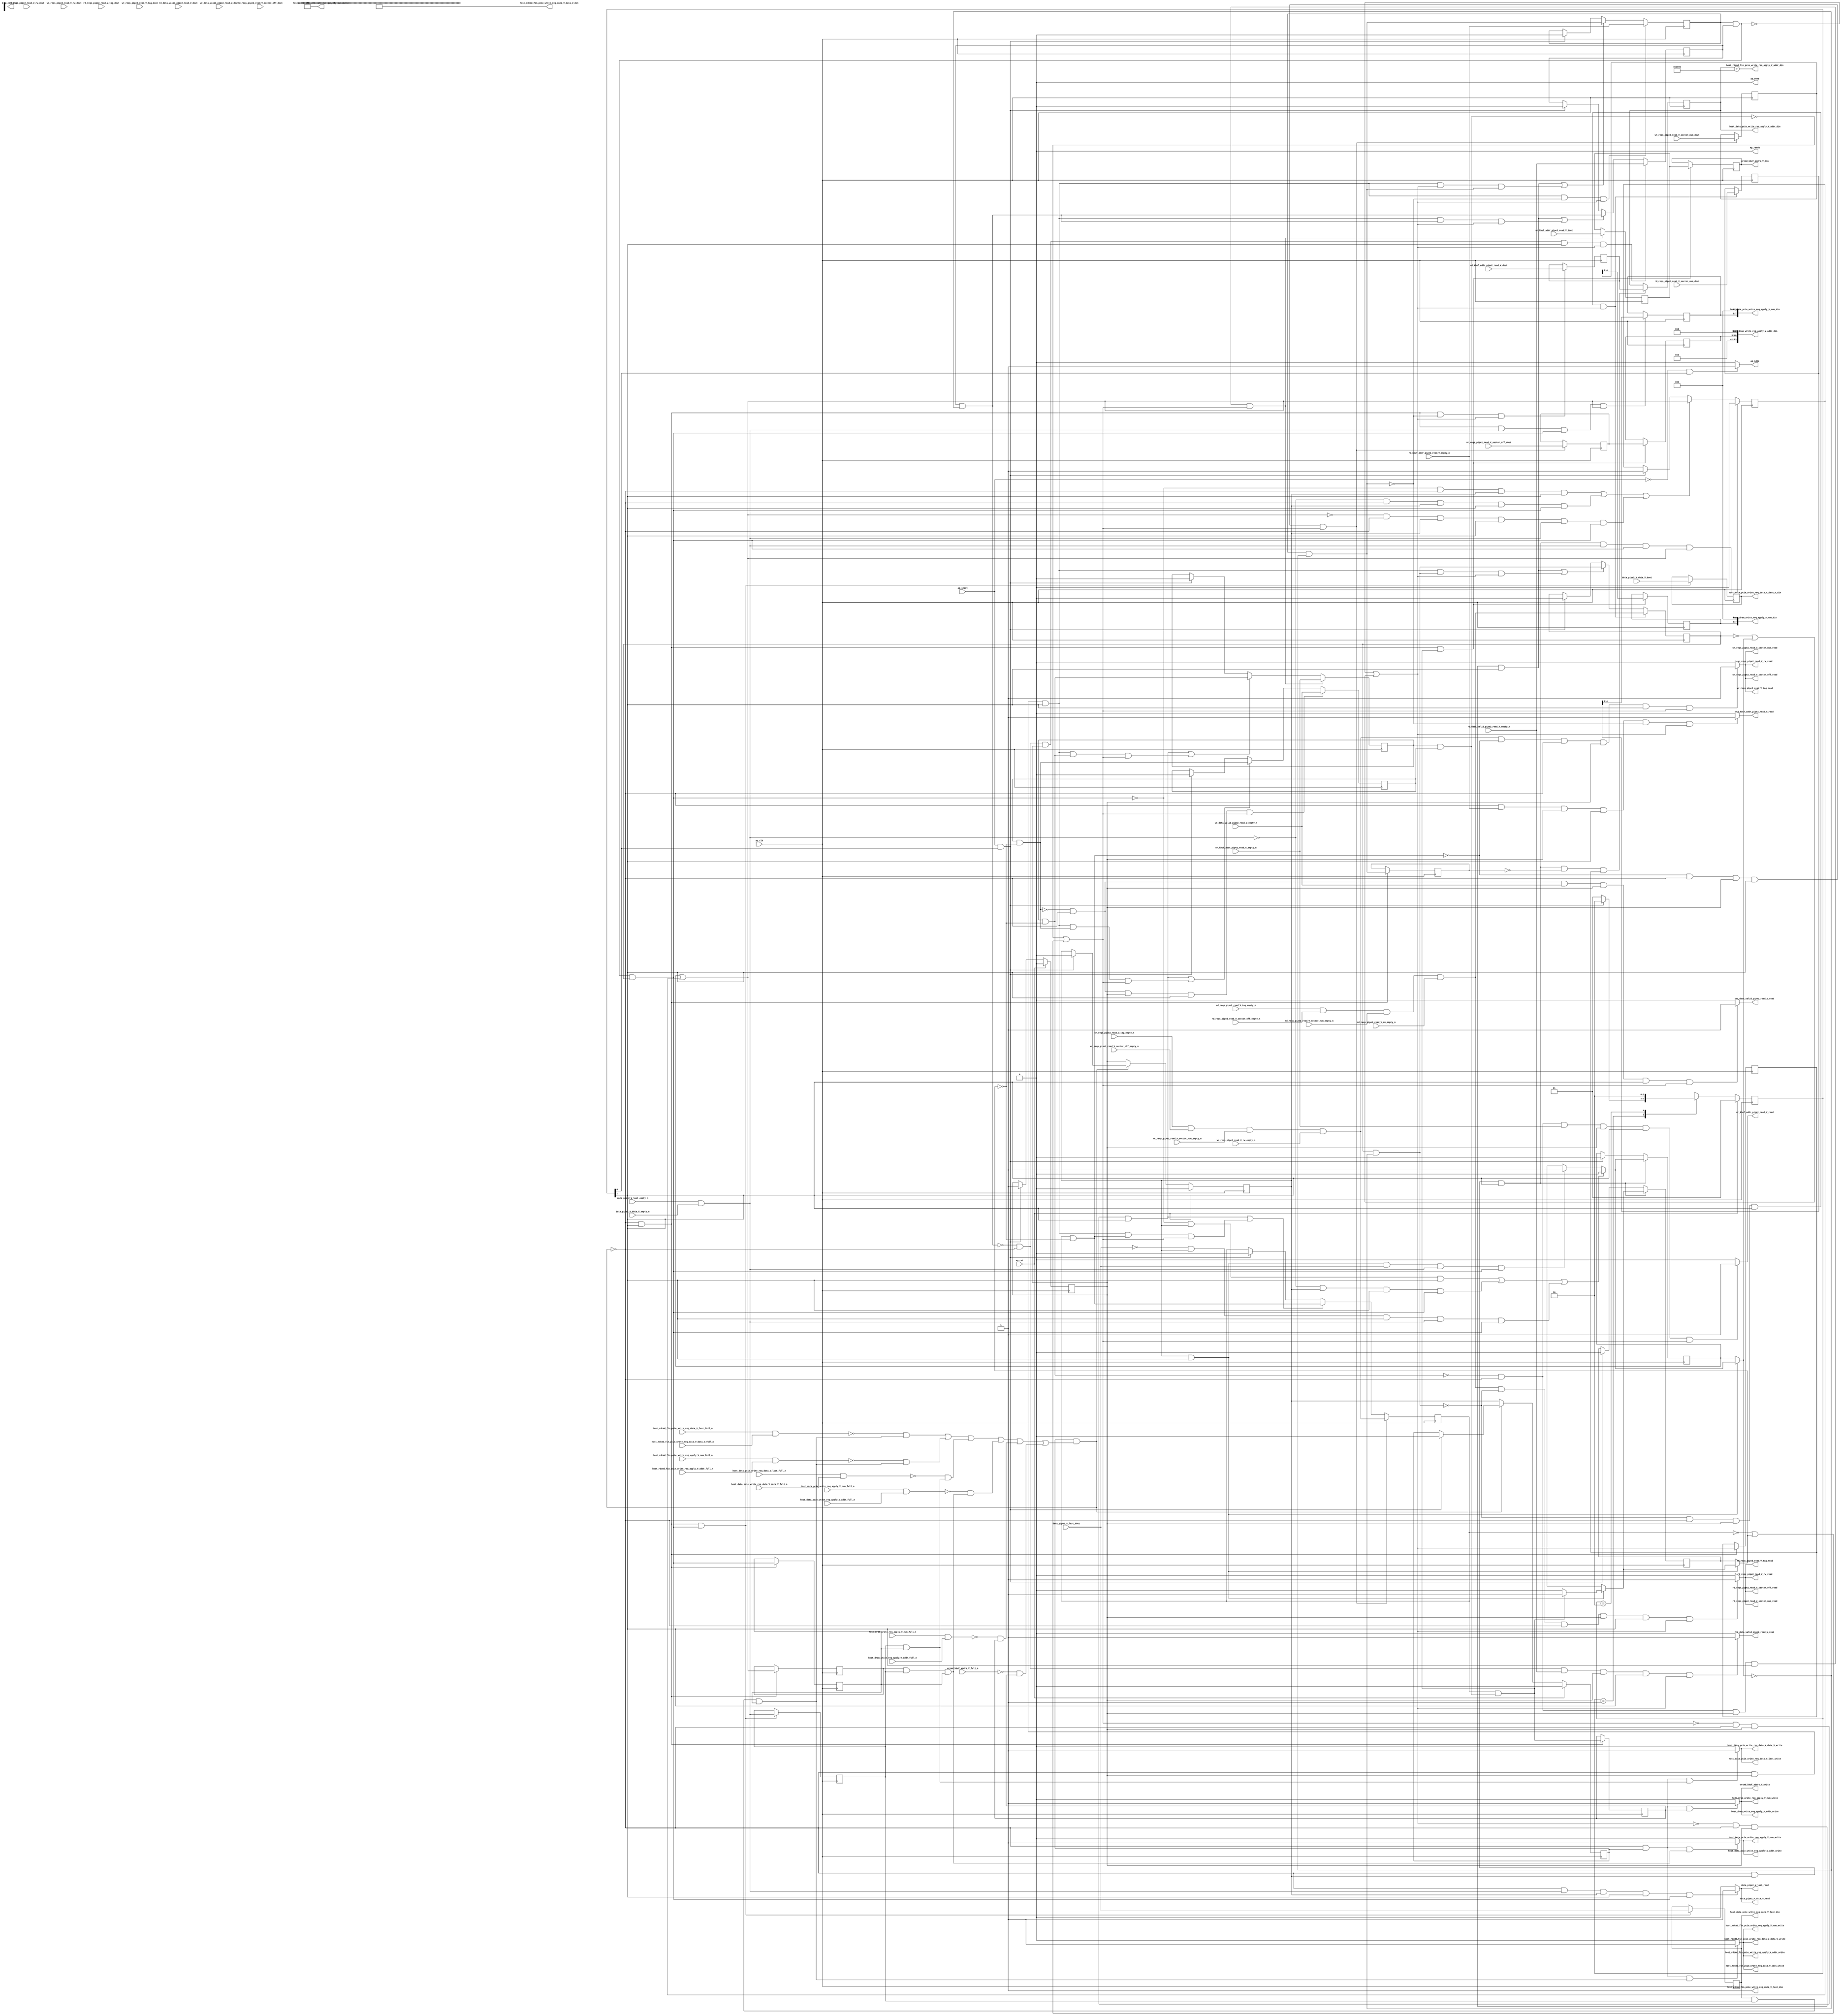
// ==============================================================
// RTL generated by Vivado(TM) HLS - High-Level Synthesis from C, C++ and SystemC
// Version: 2017.4.op
// Copyright (C) 1986-2018 Xilinx, Inc. All Rights Reserved.
// 
// ===========================================================

`timescale 1 ns / 1 ps 

(* CORE_GENERATION_INFO="pipe2_data_handler,hls_ip_2017_4_op,{HLS_INPUT_TYPE=cxx,HLS_INPUT_FLOAT=0,HLS_INPUT_FIXED=0,HLS_INPUT_PART=xcvu9p-flgb2104-2-i,HLS_INPUT_CLOCK=4.000000,HLS_INPUT_ARCH=others,HLS_SYN_CLOCK=2.605000,HLS_SYN_LAT=-1,HLS_SYN_TPT=none,HLS_SYN_MEM=0,HLS_SYN_DSP=0,HLS_SYN_FF=927,HLS_SYN_LUT=716}" *)

module pipe2_data_handler (
        ap_clk,
        ap_rst,
        ap_start,
        ap_done,
ap_continue,
        ap_idle,
        ap_ready,
        rd_reqs_pipe2_read_V_sector_off_dout,
        rd_reqs_pipe2_read_V_sector_off_empty_n,
        rd_reqs_pipe2_read_V_sector_off_read,
        rd_reqs_pipe2_read_V_sector_num_dout,
        rd_reqs_pipe2_read_V_sector_num_empty_n,
        rd_reqs_pipe2_read_V_sector_num_read,
        rd_reqs_pipe2_read_V_tag_dout,
        rd_reqs_pipe2_read_V_tag_empty_n,
        rd_reqs_pipe2_read_V_tag_read,
        rd_reqs_pipe2_read_V_rw_dout,
        rd_reqs_pipe2_read_V_rw_empty_n,
        rd_reqs_pipe2_read_V_rw_read,
        wr_reqs_pipe2_read_V_sector_off_dout,
        wr_reqs_pipe2_read_V_sector_off_empty_n,
        wr_reqs_pipe2_read_V_sector_off_read,
        wr_reqs_pipe2_read_V_sector_num_dout,
        wr_reqs_pipe2_read_V_sector_num_empty_n,
        wr_reqs_pipe2_read_V_sector_num_read,
        wr_reqs_pipe2_read_V_tag_dout,
        wr_reqs_pipe2_read_V_tag_empty_n,
        wr_reqs_pipe2_read_V_tag_read,
        wr_reqs_pipe2_read_V_rw_dout,
        wr_reqs_pipe2_read_V_rw_empty_n,
        wr_reqs_pipe2_read_V_rw_read,
        rd_data_valid_pipe2_read_V_dout,
        rd_data_valid_pipe2_read_V_empty_n,
        rd_data_valid_pipe2_read_V_read,
        wr_data_valid_pipe2_read_V_dout,
        wr_data_valid_pipe2_read_V_empty_n,
        wr_data_valid_pipe2_read_V_read,
        rd_kbuf_addr_pipe2_read_V_dout,
        rd_kbuf_addr_pipe2_read_V_empty_n,
        rd_kbuf_addr_pipe2_read_V_read,
        wr_kbuf_addr_pipe2_read_V_dout,
        wr_kbuf_addr_pipe2_read_V_empty_n,
        wr_kbuf_addr_pipe2_read_V_read,
        data_pipe2_V_last_dout,
        data_pipe2_V_last_empty_n,
        data_pipe2_V_last_read,
        data_pipe2_V_data_V_dout,
        data_pipe2_V_data_V_empty_n,
        data_pipe2_V_data_V_read,
        host_data_pcie_write_req_apply_V_num_din,
        host_data_pcie_write_req_apply_V_num_full_n,
        host_data_pcie_write_req_apply_V_num_write,
        host_data_pcie_write_req_apply_V_addr_din,
        host_data_pcie_write_req_apply_V_addr_full_n,
        host_data_pcie_write_req_apply_V_addr_write,
        host_data_pcie_write_req_data_V_last_din,
        host_data_pcie_write_req_data_V_last_full_n,
        host_data_pcie_write_req_data_V_last_write,
        host_data_pcie_write_req_data_V_data_V_din,
        host_data_pcie_write_req_data_V_data_V_full_n,
        host_data_pcie_write_req_data_V_data_V_write,
        host_rdcmd_fin_pcie_write_req_apply_V_num_din,
        host_rdcmd_fin_pcie_write_req_apply_V_num_full_n,
        host_rdcmd_fin_pcie_write_req_apply_V_num_write,
        host_rdcmd_fin_pcie_write_req_apply_V_addr_din,
        host_rdcmd_fin_pcie_write_req_apply_V_addr_full_n,
        host_rdcmd_fin_pcie_write_req_apply_V_addr_write,
        host_rdcmd_fin_pcie_write_req_data_V_last_din,
        host_rdcmd_fin_pcie_write_req_data_V_last_full_n,
        host_rdcmd_fin_pcie_write_req_data_V_last_write,
        host_rdcmd_fin_pcie_write_req_data_V_data_V_din,
        host_rdcmd_fin_pcie_write_req_data_V_data_V_full_n,
        host_rdcmd_fin_pcie_write_req_data_V_data_V_write,
        host_dram_write_req_apply_V_num_din,
        host_dram_write_req_apply_V_num_full_n,
        host_dram_write_req_apply_V_num_write,
        host_dram_write_req_apply_V_addr_din,
        host_dram_write_req_apply_V_addr_full_n,
        host_dram_write_req_apply_V_addr_write,
        wrcmd_kbuf_addrs_V_din,
        wrcmd_kbuf_addrs_V_full_n,
        wrcmd_kbuf_addrs_V_write
);

parameter    ap_ST_fsm_state1 = 2'd1;
parameter    ap_ST_fsm_pp0_stage0 = 2'd2;

input   ap_clk;
input   ap_rst;
input   ap_start;
output   ap_done;
output   ap_idle;
output ap_ready; output ap_continue;
input  [31:0] rd_reqs_pipe2_read_V_sector_off_dout;
input   rd_reqs_pipe2_read_V_sector_off_empty_n;
output   rd_reqs_pipe2_read_V_sector_off_read;
input  [31:0] rd_reqs_pipe2_read_V_sector_num_dout;
input   rd_reqs_pipe2_read_V_sector_num_empty_n;
output   rd_reqs_pipe2_read_V_sector_num_read;
input  [31:0] rd_reqs_pipe2_read_V_tag_dout;
input   rd_reqs_pipe2_read_V_tag_empty_n;
output   rd_reqs_pipe2_read_V_tag_read;
input   rd_reqs_pipe2_read_V_rw_dout;
input   rd_reqs_pipe2_read_V_rw_empty_n;
output   rd_reqs_pipe2_read_V_rw_read;
input  [31:0] wr_reqs_pipe2_read_V_sector_off_dout;
input   wr_reqs_pipe2_read_V_sector_off_empty_n;
output   wr_reqs_pipe2_read_V_sector_off_read;
input  [31:0] wr_reqs_pipe2_read_V_sector_num_dout;
input   wr_reqs_pipe2_read_V_sector_num_empty_n;
output   wr_reqs_pipe2_read_V_sector_num_read;
input  [31:0] wr_reqs_pipe2_read_V_tag_dout;
input   wr_reqs_pipe2_read_V_tag_empty_n;
output   wr_reqs_pipe2_read_V_tag_read;
input   wr_reqs_pipe2_read_V_rw_dout;
input   wr_reqs_pipe2_read_V_rw_empty_n;
output   wr_reqs_pipe2_read_V_rw_read;
input   rd_data_valid_pipe2_read_V_dout;
input   rd_data_valid_pipe2_read_V_empty_n;
output   rd_data_valid_pipe2_read_V_read;
input   wr_data_valid_pipe2_read_V_dout;
input   wr_data_valid_pipe2_read_V_empty_n;
output   wr_data_valid_pipe2_read_V_read;
input  [63:0] rd_kbuf_addr_pipe2_read_V_dout;
input   rd_kbuf_addr_pipe2_read_V_empty_n;
output   rd_kbuf_addr_pipe2_read_V_read;
input  [63:0] wr_kbuf_addr_pipe2_read_V_dout;
input   wr_kbuf_addr_pipe2_read_V_empty_n;
output   wr_kbuf_addr_pipe2_read_V_read;
input   data_pipe2_V_last_dout;
input   data_pipe2_V_last_empty_n;
output   data_pipe2_V_last_read;
input  [511:0] data_pipe2_V_data_V_dout;
input   data_pipe2_V_data_V_empty_n;
output   data_pipe2_V_data_V_read;
output  [7:0] host_data_pcie_write_req_apply_V_num_din;
input   host_data_pcie_write_req_apply_V_num_full_n;
output   host_data_pcie_write_req_apply_V_num_write;
output  [63:0] host_data_pcie_write_req_apply_V_addr_din;
input   host_data_pcie_write_req_apply_V_addr_full_n;
output   host_data_pcie_write_req_apply_V_addr_write;
output   host_data_pcie_write_req_data_V_last_din;
input   host_data_pcie_write_req_data_V_last_full_n;
output   host_data_pcie_write_req_data_V_last_write;
output  [511:0] host_data_pcie_write_req_data_V_data_V_din;
input   host_data_pcie_write_req_data_V_data_V_full_n;
output   host_data_pcie_write_req_data_V_data_V_write;
output  [7:0] host_rdcmd_fin_pcie_write_req_apply_V_num_din;
input   host_rdcmd_fin_pcie_write_req_apply_V_num_full_n;
output   host_rdcmd_fin_pcie_write_req_apply_V_num_write;
output  [63:0] host_rdcmd_fin_pcie_write_req_apply_V_addr_din;
input   host_rdcmd_fin_pcie_write_req_apply_V_addr_full_n;
output   host_rdcmd_fin_pcie_write_req_apply_V_addr_write;
output   host_rdcmd_fin_pcie_write_req_data_V_last_din;
input   host_rdcmd_fin_pcie_write_req_data_V_last_full_n;
output   host_rdcmd_fin_pcie_write_req_data_V_last_write;
output  [511:0] host_rdcmd_fin_pcie_write_req_data_V_data_V_din;
input   host_rdcmd_fin_pcie_write_req_data_V_data_V_full_n;
output   host_rdcmd_fin_pcie_write_req_data_V_data_V_write;
output  [7:0] host_dram_write_req_apply_V_num_din;
input   host_dram_write_req_apply_V_num_full_n;
output   host_dram_write_req_apply_V_num_write;
output  [63:0] host_dram_write_req_apply_V_addr_din;
input   host_dram_write_req_apply_V_addr_full_n;
output   host_dram_write_req_apply_V_addr_write;
output  [63:0] wrcmd_kbuf_addrs_V_din;
input   wrcmd_kbuf_addrs_V_full_n;
output   wrcmd_kbuf_addrs_V_write;

reg ap_idle;
reg rd_data_valid_pipe2_read_V_read;
reg wr_data_valid_pipe2_read_V_read;
reg rd_kbuf_addr_pipe2_read_V_read;
reg wr_kbuf_addr_pipe2_read_V_read;
reg wrcmd_kbuf_addrs_V_write;

(* fsm_encoding = "none" *) reg   [1:0] ap_CS_fsm;
wire    ap_CS_fsm_state1;
reg    host_data_pcie_write_req_apply_V_num_blk_n;
reg    ap_enable_reg_pp0_iter2;
wire    ap_block_pp0_stage0;
reg   [0:0] brmerge63_demorgan_reg_1185;
reg   [0:0] empty_n_8_reg_1189;
reg   [0:0] p_rd_first_reg_1181;
reg    host_data_pcie_write_req_apply_V_addr_blk_n;
reg    host_data_pcie_write_req_data_V_last_blk_n;
reg    host_data_pcie_write_req_data_V_data_V_blk_n;
reg    host_rdcmd_fin_pcie_write_req_apply_V_num_blk_n;
reg   [0:0] tmp_last_reg_1193;
reg    host_rdcmd_fin_pcie_write_req_apply_V_addr_blk_n;
reg    host_rdcmd_fin_pcie_write_req_data_V_last_blk_n;
reg    host_rdcmd_fin_pcie_write_req_data_V_data_V_blk_n;
reg    host_dram_write_req_apply_V_num_blk_n;
reg   [0:0] brmerge65_demorgan_reg_1208;
reg    host_dram_write_req_apply_V_addr_blk_n;
reg    wrcmd_kbuf_addrs_V_blk_n;
reg   [0:0] rd_reset_reg_578;
reg   [0:0] wr_reset_reg_590;
wire   [0:0] p_rd_has_kbu_fu_734_p2;
reg   [0:0] p_rd_has_kbu_reg_1156;
wire    ap_CS_fsm_pp0_stage0;
wire    ap_block_state2_pp0_stage0_iter0;
wire    ap_block_state3_pp0_stage0_iter1;
wire    host_data_pcie_write_req_apply_V_num1_status;
reg    ap_predicate_op209_write_state4;
wire    host_data_pcie_write_req_data_V_last1_status;
reg    ap_predicate_op211_write_state4;
wire    host_rdcmd_fin_pcie_write_req_apply_V_num1_status;
reg    ap_predicate_op214_write_state4;
wire    host_rdcmd_fin_pcie_write_req_data_V_last1_status;
wire    host_dram_write_req_apply_V_num1_status;
reg    ap_block_state4_pp0_stage0_iter2;
reg    ap_block_pp0_stage0_11001;
wire   [0:0] brmerge1_fu_792_p2;
reg   [0:0] brmerge1_reg_1169;
reg   [63:0] tmp_6_reg_1173;
wire   [0:0] p_rd_first_fu_925_p2;
wire   [0:0] brmerge63_demorgan_fu_951_p2;
wire   [0:0] empty_n_8_fu_957_p1;
wire   [0:0] tmp_last_fu_961_p1;
reg   [511:0] tmp_data_V_reg_1198;
wire   [4:0] tmp_3_fu_972_p1;
reg   [4:0] tmp_3_reg_1203;
wire   [0:0] brmerge65_demorgan_fu_996_p2;
reg   [63:0] p_034_load_reg_1212;
reg   [31:0] tmp_sector_off_load_reg_1217;
wire   [4:0] tmp_5_fu_1011_p1;
reg   [4:0] tmp_5_reg_1222;
reg    ap_enable_reg_pp0_iter0;
reg    ap_enable_reg_pp0_iter1;
reg    ap_block_pp0_stage0_subdone;
reg   [0:0] ap_phi_mux_rd_reset_phi_fu_582_p4;
reg   [0:0] ap_phi_mux_rd_reset_4_phi_fu_605_p8;
reg   [0:0] ap_phi_mux_wr_reset_phi_fu_594_p4;
reg   [0:0] ap_phi_mux_wr_reset_2_phi_fu_624_p4;
wire   [0:0] ap_phi_reg_pp0_iter1_rd_reset_4_reg_601;
wire   [0:0] ap_phi_reg_pp0_iter1_wr_reset_2_reg_620;
reg    rd_reqs_pipe2_read_V_rw0_update;
wire   [0:0] p_rd_has_reqs_fu_720_p2;
reg    ap_condition_293;
wire   [0:0] empty_n_7_nbread_fu_462_p5_0;
wire   [0:0] p_rd_has_data_valid_fu_727_p2;
reg    wr_reqs_pipe2_read_V_rw0_update;
wire   [0:0] brmerge3_fu_862_p2;
wire   [0:0] p_wr_has_reqs_fu_747_p2;
reg    ap_condition_326;
wire   [0:0] empty_n_10_nbread_fu_486_p5_0;
wire   [0:0] p_wr_has_data_valid_fu_754_p2;
wire   [0:0] p_wr_has_kbu_fu_761_p2;
reg    data_pipe2_V_last0_update;
wire   [0:0] empty_n_nbread_fu_510_p3_0;
reg    host_data_pcie_write_req_apply_V_num1_update;
reg    ap_block_pp0_stage0_01001;
reg    host_data_pcie_write_req_data_V_last1_update;
reg    host_rdcmd_fin_pcie_write_req_apply_V_num1_update;
reg    host_rdcmd_fin_pcie_write_req_data_V_last1_update;
reg    host_dram_write_req_apply_V_num1_update;
reg   [0:0] wr_has_kbuf_addr_fu_414;
reg   [0:0] wr_has_data_valid_fu_418;
reg   [0:0] wr_has_reqs_fu_422;
reg   [0:0] rd_has_kbuf_addr_fu_426;
reg   [0:0] rd_has_data_valid_fu_430;
reg   [0:0] rd_has_reqs_fu_434;
reg   [0:0] rd_first_fu_438;
reg   [63:0] tmp_addr_fu_442;
reg   [63:0] tmp_fu_446;
reg   [31:0] tmp_sector_num_fu_450;
reg   [31:0] tmp_sector_off_fu_454;
reg   [31:0] tmp_sector_num_1_fu_458;
wire   [0:0] not_rd_reset_fu_714_p2;
wire   [0:0] not_wr_reset_fu_741_p2;
wire   [0:0] rd_has_reqs_0_not_fu_768_p2;
wire   [0:0] tmp2_demorgan_fu_780_p2;
wire   [0:0] tmp1_fu_774_p2;
wire   [0:0] tmp2_fu_786_p2;
wire   [0:0] wr_has_reqs_0_not_fu_838_p2;
wire   [0:0] tmp4_demorgan_fu_850_p2;
wire   [0:0] tmp3_fu_844_p2;
wire   [0:0] tmp4_fu_856_p2;
wire   [0:0] tmp5_fu_945_p2;
wire   [0:0] tmp6_fu_990_p2;
wire   [40:0] write_apply_addr_fu_1037_p3;
reg   [1:0] ap_NS_fsm;
reg    ap_idle_pp0;
wire    ap_enable_pp0;
reg    ap_condition_254;

// power-on initialization
initial begin
#0 ap_CS_fsm = 2'd1;
#0 ap_enable_reg_pp0_iter2 = 1'b0;
#0 ap_enable_reg_pp0_iter0 = 1'b0;
#0 ap_enable_reg_pp0_iter1 = 1'b0;
end

always @ (posedge ap_clk) begin
    if (ap_rst == 1'b1) begin
        ap_CS_fsm <= ap_ST_fsm_state1;
    end else begin
        ap_CS_fsm <= ap_NS_fsm;
    end
end

always @ (posedge ap_clk) begin
    if (ap_rst == 1'b1) begin
        ap_enable_reg_pp0_iter0 <= 1'b0;
    end else begin
        if (((ap_start == 1'b1) & (1'b1 == ap_CS_fsm_state1))) begin
            ap_enable_reg_pp0_iter0 <= 1'b1;
        end
    end
end

always @ (posedge ap_clk) begin
    if (ap_rst == 1'b1) begin
        ap_enable_reg_pp0_iter1 <= 1'b0;
    end else begin
        if ((1'b0 == ap_block_pp0_stage0_subdone)) begin
            ap_enable_reg_pp0_iter1 <= ap_enable_reg_pp0_iter0;
        end else if (((ap_start == 1'b1) & (1'b1 == ap_CS_fsm_state1))) begin
            ap_enable_reg_pp0_iter1 <= 1'b0;
        end
    end
end

always @ (posedge ap_clk) begin
    if (ap_rst == 1'b1) begin
        ap_enable_reg_pp0_iter2 <= 1'b0;
    end else begin
        if ((1'b0 == ap_block_pp0_stage0_subdone)) begin
            ap_enable_reg_pp0_iter2 <= ap_enable_reg_pp0_iter1;
        end else if (((ap_start == 1'b1) & (1'b1 == ap_CS_fsm_state1))) begin
            ap_enable_reg_pp0_iter2 <= 1'b0;
        end
    end
end

always @ (posedge ap_clk) begin
    if (((1'b0 == ap_block_pp0_stage0_11001) & (ap_enable_reg_pp0_iter1 == 1'b1) & (1'b1 == ap_CS_fsm_pp0_stage0) & (empty_n_8_fu_957_p1 == 1'd1) & (brmerge63_demorgan_fu_951_p2 == 1'd1) & (p_rd_first_fu_925_p2 == 1'd1))) begin
        rd_first_fu_438 <= 1'd0;
    end else if ((((brmerge63_demorgan_fu_951_p2 == 1'd0) & (1'b0 == ap_block_pp0_stage0_11001) & (ap_enable_reg_pp0_iter1 == 1'b1) & (1'b1 == ap_CS_fsm_pp0_stage0)) | ((empty_n_8_fu_957_p1 == 1'd0) & (1'b0 == ap_block_pp0_stage0_11001) & (ap_enable_reg_pp0_iter1 == 1'b1) & (1'b1 == ap_CS_fsm_pp0_stage0) & (brmerge63_demorgan_fu_951_p2 == 1'd1)) | ((p_rd_first_fu_925_p2 == 1'd0) & (1'b0 == ap_block_pp0_stage0_11001) & (ap_enable_reg_pp0_iter1 == 1'b1) & (1'b1 == ap_CS_fsm_pp0_stage0) & (empty_n_8_fu_957_p1 == 1'd1) & (brmerge63_demorgan_fu_951_p2 == 1'd1)))) begin
        rd_first_fu_438 <= p_rd_first_fu_925_p2;
    end else if (((ap_start == 1'b1) & (1'b1 == ap_CS_fsm_state1))) begin
        rd_first_fu_438 <= 1'd1;
    end
end

always @ (posedge ap_clk) begin
    if (((p_rd_has_data_valid_fu_727_p2 == 1'd0) & (1'b0 == ap_block_pp0_stage0_11001) & (ap_enable_reg_pp0_iter0 == 1'b1) & (1'b1 == ap_CS_fsm_pp0_stage0) & (brmerge1_fu_792_p2 == 1'd1))) begin
        rd_has_data_valid_fu_430 <= rd_data_valid_pipe2_read_V_empty_n;
    end else if ((((brmerge1_fu_792_p2 == 1'd0) & (1'b0 == ap_block_pp0_stage0_11001) & (ap_enable_reg_pp0_iter0 == 1'b1) & (1'b1 == ap_CS_fsm_pp0_stage0)) | ((1'b0 == ap_block_pp0_stage0_11001) & (ap_enable_reg_pp0_iter0 == 1'b1) & (1'b1 == ap_CS_fsm_pp0_stage0) & (p_rd_has_data_valid_fu_727_p2 == 1'd1) & (brmerge1_fu_792_p2 == 1'd1)))) begin
        rd_has_data_valid_fu_430 <= p_rd_has_data_valid_fu_727_p2;
    end else if (((ap_start == 1'b1) & (1'b1 == ap_CS_fsm_state1))) begin
        rd_has_data_valid_fu_430 <= 1'd0;
    end
end

always @ (posedge ap_clk) begin
    if (((1'b0 == ap_block_pp0_stage0_11001) & (ap_enable_reg_pp0_iter0 == 1'b1) & (1'b1 == ap_CS_fsm_pp0_stage0) & (p_rd_has_kbu_fu_734_p2 == 1'd0) & (brmerge1_fu_792_p2 == 1'd1))) begin
        rd_has_kbuf_addr_fu_426 <= rd_kbuf_addr_pipe2_read_V_empty_n;
    end else if ((((brmerge1_fu_792_p2 == 1'd0) & (1'b0 == ap_block_pp0_stage0_11001) & (ap_enable_reg_pp0_iter0 == 1'b1) & (1'b1 == ap_CS_fsm_pp0_stage0)) | ((1'b0 == ap_block_pp0_stage0_11001) & (ap_enable_reg_pp0_iter0 == 1'b1) & (1'b1 == ap_CS_fsm_pp0_stage0) & (brmerge1_fu_792_p2 == 1'd1) & (p_rd_has_kbu_fu_734_p2 == 1'd1)))) begin
        rd_has_kbuf_addr_fu_426 <= p_rd_has_kbu_fu_734_p2;
    end else if (((ap_start == 1'b1) & (1'b1 == ap_CS_fsm_state1))) begin
        rd_has_kbuf_addr_fu_426 <= 1'd0;
    end
end

always @ (posedge ap_clk) begin
    if (((p_rd_has_reqs_fu_720_p2 == 1'd0) & (1'b0 == ap_block_pp0_stage0_11001) & (ap_enable_reg_pp0_iter0 == 1'b1) & (1'b1 == ap_CS_fsm_pp0_stage0) & (brmerge1_fu_792_p2 == 1'd1))) begin
        rd_has_reqs_fu_434 <= empty_n_7_nbread_fu_462_p5_0;
    end else if ((((brmerge1_fu_792_p2 == 1'd0) & (1'b0 == ap_block_pp0_stage0_11001) & (ap_enable_reg_pp0_iter0 == 1'b1) & (1'b1 == ap_CS_fsm_pp0_stage0)) | ((1'b0 == ap_block_pp0_stage0_11001) & (ap_enable_reg_pp0_iter0 == 1'b1) & (1'b1 == ap_CS_fsm_pp0_stage0) & (p_rd_has_reqs_fu_720_p2 == 1'd1) & (brmerge1_fu_792_p2 == 1'd1)))) begin
        rd_has_reqs_fu_434 <= p_rd_has_reqs_fu_720_p2;
    end else if (((ap_start == 1'b1) & (1'b1 == ap_CS_fsm_state1))) begin
        rd_has_reqs_fu_434 <= 1'd0;
    end
end

always @ (posedge ap_clk) begin
    if (((1'b0 == ap_block_pp0_stage0_11001) & (ap_enable_reg_pp0_iter1 == 1'b1) & (1'b1 == ap_CS_fsm_pp0_stage0))) begin
        rd_reset_reg_578 <= ap_phi_mux_rd_reset_4_phi_fu_605_p8;
    end else if (((ap_start == 1'b1) & (1'b1 == ap_CS_fsm_state1))) begin
        rd_reset_reg_578 <= 1'd0;
    end
end

always @ (posedge ap_clk) begin
    if (((p_wr_has_data_valid_fu_754_p2 == 1'd0) & (1'b0 == ap_block_pp0_stage0_11001) & (ap_enable_reg_pp0_iter0 == 1'b1) & (1'b1 == ap_CS_fsm_pp0_stage0) & (brmerge3_fu_862_p2 == 1'd1))) begin
        wr_has_data_valid_fu_418 <= wr_data_valid_pipe2_read_V_empty_n;
    end else if ((((brmerge3_fu_862_p2 == 1'd0) & (1'b0 == ap_block_pp0_stage0_11001) & (ap_enable_reg_pp0_iter0 == 1'b1) & (1'b1 == ap_CS_fsm_pp0_stage0)) | ((1'b0 == ap_block_pp0_stage0_11001) & (ap_enable_reg_pp0_iter0 == 1'b1) & (1'b1 == ap_CS_fsm_pp0_stage0) & (p_wr_has_data_valid_fu_754_p2 == 1'd1) & (brmerge3_fu_862_p2 == 1'd1)))) begin
        wr_has_data_valid_fu_418 <= p_wr_has_data_valid_fu_754_p2;
    end else if (((ap_start == 1'b1) & (1'b1 == ap_CS_fsm_state1))) begin
        wr_has_data_valid_fu_418 <= 1'd0;
    end
end

always @ (posedge ap_clk) begin
    if (((p_wr_has_kbu_fu_761_p2 == 1'd0) & (1'b0 == ap_block_pp0_stage0_11001) & (ap_enable_reg_pp0_iter0 == 1'b1) & (1'b1 == ap_CS_fsm_pp0_stage0) & (brmerge3_fu_862_p2 == 1'd1))) begin
        wr_has_kbuf_addr_fu_414 <= wr_kbuf_addr_pipe2_read_V_empty_n;
    end else if ((((brmerge3_fu_862_p2 == 1'd0) & (1'b0 == ap_block_pp0_stage0_11001) & (ap_enable_reg_pp0_iter0 == 1'b1) & (1'b1 == ap_CS_fsm_pp0_stage0)) | ((1'b0 == ap_block_pp0_stage0_11001) & (ap_enable_reg_pp0_iter0 == 1'b1) & (1'b1 == ap_CS_fsm_pp0_stage0) & (p_wr_has_kbu_fu_761_p2 == 1'd1) & (brmerge3_fu_862_p2 == 1'd1)))) begin
        wr_has_kbuf_addr_fu_414 <= p_wr_has_kbu_fu_761_p2;
    end else if (((ap_start == 1'b1) & (1'b1 == ap_CS_fsm_state1))) begin
        wr_has_kbuf_addr_fu_414 <= 1'd0;
    end
end

always @ (posedge ap_clk) begin
    if (((p_wr_has_reqs_fu_747_p2 == 1'd0) & (1'b0 == ap_block_pp0_stage0_11001) & (ap_enable_reg_pp0_iter0 == 1'b1) & (1'b1 == ap_CS_fsm_pp0_stage0) & (brmerge3_fu_862_p2 == 1'd1))) begin
        wr_has_reqs_fu_422 <= empty_n_10_nbread_fu_486_p5_0;
    end else if ((((brmerge3_fu_862_p2 == 1'd0) & (1'b0 == ap_block_pp0_stage0_11001) & (ap_enable_reg_pp0_iter0 == 1'b1) & (1'b1 == ap_CS_fsm_pp0_stage0)) | ((1'b0 == ap_block_pp0_stage0_11001) & (ap_enable_reg_pp0_iter0 == 1'b1) & (1'b1 == ap_CS_fsm_pp0_stage0) & (p_wr_has_reqs_fu_747_p2 == 1'd1) & (brmerge3_fu_862_p2 == 1'd1)))) begin
        wr_has_reqs_fu_422 <= p_wr_has_reqs_fu_747_p2;
    end else if (((ap_start == 1'b1) & (1'b1 == ap_CS_fsm_state1))) begin
        wr_has_reqs_fu_422 <= 1'd0;
    end
end

always @ (posedge ap_clk) begin
    if (((1'b0 == ap_block_pp0_stage0_11001) & (ap_enable_reg_pp0_iter1 == 1'b1) & (1'b1 == ap_CS_fsm_pp0_stage0))) begin
        wr_reset_reg_590 <= ap_phi_mux_wr_reset_2_phi_fu_624_p4;
    end else if (((ap_start == 1'b1) & (1'b1 == ap_CS_fsm_state1))) begin
        wr_reset_reg_590 <= 1'd0;
    end
end

always @ (posedge ap_clk) begin
    if (((1'b0 == ap_block_pp0_stage0_11001) & (1'b1 == ap_CS_fsm_pp0_stage0))) begin
        brmerge1_reg_1169 <= brmerge1_fu_792_p2;
        brmerge63_demorgan_reg_1185 <= brmerge63_demorgan_fu_951_p2;
        brmerge65_demorgan_reg_1208 <= brmerge65_demorgan_fu_996_p2;
        p_rd_first_reg_1181 <= p_rd_first_fu_925_p2;
        p_rd_has_kbu_reg_1156 <= p_rd_has_kbu_fu_734_p2;
    end
end

always @ (posedge ap_clk) begin
    if (((1'b0 == ap_block_pp0_stage0_11001) & (1'b1 == ap_CS_fsm_pp0_stage0) & (brmerge63_demorgan_fu_951_p2 == 1'd1))) begin
        empty_n_8_reg_1189 <= empty_n_nbread_fu_510_p3_0;
        tmp_data_V_reg_1198 <= data_pipe2_V_data_V_dout;
        tmp_last_reg_1193 <= data_pipe2_V_last_dout;
    end
end

always @ (posedge ap_clk) begin
    if (((1'b0 == ap_block_pp0_stage0_11001) & (1'b1 == ap_CS_fsm_pp0_stage0) & (brmerge65_demorgan_fu_996_p2 == 1'd1))) begin
        p_034_load_reg_1212 <= tmp_fu_446;
        tmp_5_reg_1222 <= tmp_5_fu_1011_p1;
        tmp_sector_off_load_reg_1217 <= tmp_sector_off_fu_454;
    end
end

always @ (posedge ap_clk) begin
    if (((1'b0 == ap_block_pp0_stage0_11001) & (1'b1 == ap_CS_fsm_pp0_stage0) & (empty_n_8_fu_957_p1 == 1'd1) & (brmerge63_demorgan_fu_951_p2 == 1'd1) & (p_rd_first_fu_925_p2 == 1'd1))) begin
        tmp_3_reg_1203 <= tmp_3_fu_972_p1;
    end
end

always @ (posedge ap_clk) begin
    if (((1'b0 == ap_block_pp0_stage0_11001) & (1'b1 == ap_CS_fsm_pp0_stage0) & (p_rd_has_kbu_fu_734_p2 == 1'd0) & (brmerge1_fu_792_p2 == 1'd1))) begin
        tmp_6_reg_1173 <= rd_kbuf_addr_pipe2_read_V_dout;
    end
end

always @ (posedge ap_clk) begin
    if (((1'b0 == ap_block_pp0_stage0_11001) & (ap_enable_reg_pp0_iter1 == 1'b1) & (1'b1 == ap_CS_fsm_pp0_stage0) & (p_rd_has_kbu_reg_1156 == 1'd0) & (brmerge1_reg_1169 == 1'd1))) begin
        tmp_addr_fu_442 <= tmp_6_reg_1173;
    end
end

always @ (posedge ap_clk) begin
    if (((p_wr_has_kbu_fu_761_p2 == 1'd0) & (1'b0 == ap_block_pp0_stage0_11001) & (ap_enable_reg_pp0_iter0 == 1'b1) & (1'b1 == ap_CS_fsm_pp0_stage0) & (brmerge3_fu_862_p2 == 1'd1))) begin
        tmp_fu_446 <= wr_kbuf_addr_pipe2_read_V_dout;
    end
end

always @ (posedge ap_clk) begin
    if (((p_rd_has_reqs_fu_720_p2 == 1'd0) & (1'b0 == ap_block_pp0_stage0_11001) & (ap_enable_reg_pp0_iter0 == 1'b1) & (1'b1 == ap_CS_fsm_pp0_stage0) & (brmerge1_fu_792_p2 == 1'd1))) begin
        tmp_sector_num_1_fu_458 <= rd_reqs_pipe2_read_V_sector_num_dout;
    end
end

always @ (posedge ap_clk) begin
    if (((p_wr_has_reqs_fu_747_p2 == 1'd0) & (1'b0 == ap_block_pp0_stage0_11001) & (ap_enable_reg_pp0_iter0 == 1'b1) & (1'b1 == ap_CS_fsm_pp0_stage0) & (brmerge3_fu_862_p2 == 1'd1))) begin
        tmp_sector_num_fu_450 <= wr_reqs_pipe2_read_V_sector_num_dout;
        tmp_sector_off_fu_454 <= wr_reqs_pipe2_read_V_sector_off_dout;
    end
end

always @ (*) begin
    if (((ap_start == 1'b0) & (1'b1 == ap_CS_fsm_state1))) begin
        ap_idle = 1'b1;
    end else begin
        ap_idle = 1'b0;
    end
end

always @ (*) begin
    if (((ap_enable_reg_pp0_iter1 == 1'b0) & (ap_enable_reg_pp0_iter0 == 1'b0) & (ap_enable_reg_pp0_iter2 == 1'b0))) begin
        ap_idle_pp0 = 1'b1;
    end else begin
        ap_idle_pp0 = 1'b0;
    end
end

always @ (*) begin
    if ((((brmerge63_demorgan_fu_951_p2 == 1'd0) & (ap_enable_reg_pp0_iter1 == 1'b1) & (1'b1 == ap_CS_fsm_pp0_stage0) & (1'b0 == ap_block_pp0_stage0)) | ((empty_n_8_fu_957_p1 == 1'd0) & (ap_enable_reg_pp0_iter1 == 1'b1) & (1'b1 == ap_CS_fsm_pp0_stage0) & (brmerge63_demorgan_fu_951_p2 == 1'd1) & (1'b0 == ap_block_pp0_stage0)) | ((tmp_last_fu_961_p1 == 1'd0) & (ap_enable_reg_pp0_iter1 == 1'b1) & (1'b1 == ap_CS_fsm_pp0_stage0) & (empty_n_8_fu_957_p1 == 1'd1) & (brmerge63_demorgan_fu_951_p2 == 1'd1) & (1'b0 == ap_block_pp0_stage0)))) begin
        ap_phi_mux_rd_reset_4_phi_fu_605_p8 = 1'd0;
    end else if (((ap_enable_reg_pp0_iter1 == 1'b1) & (1'b1 == ap_CS_fsm_pp0_stage0) & (tmp_last_fu_961_p1 == 1'd1) & (empty_n_8_fu_957_p1 == 1'd1) & (brmerge63_demorgan_fu_951_p2 == 1'd1) & (1'b0 == ap_block_pp0_stage0))) begin
        ap_phi_mux_rd_reset_4_phi_fu_605_p8 = 1'd1;
    end else begin
        ap_phi_mux_rd_reset_4_phi_fu_605_p8 = ap_phi_reg_pp0_iter1_rd_reset_4_reg_601;
    end
end

always @ (*) begin
    if (((ap_enable_reg_pp0_iter1 == 1'b1) & (1'b1 == ap_CS_fsm_pp0_stage0) & (1'b0 == ap_block_pp0_stage0))) begin
        ap_phi_mux_rd_reset_phi_fu_582_p4 = ap_phi_mux_rd_reset_4_phi_fu_605_p8;
    end else begin
        ap_phi_mux_rd_reset_phi_fu_582_p4 = rd_reset_reg_578;
    end
end

always @ (*) begin
    if ((1'b1 == ap_condition_254)) begin
        if ((brmerge65_demorgan_fu_996_p2 == 1'd0)) begin
            ap_phi_mux_wr_reset_2_phi_fu_624_p4 = 1'd0;
        end else if ((brmerge65_demorgan_fu_996_p2 == 1'd1)) begin
            ap_phi_mux_wr_reset_2_phi_fu_624_p4 = 1'd1;
        end else begin
            ap_phi_mux_wr_reset_2_phi_fu_624_p4 = ap_phi_reg_pp0_iter1_wr_reset_2_reg_620;
        end
    end else begin
        ap_phi_mux_wr_reset_2_phi_fu_624_p4 = ap_phi_reg_pp0_iter1_wr_reset_2_reg_620;
    end
end

always @ (*) begin
    if (((ap_enable_reg_pp0_iter1 == 1'b1) & (1'b1 == ap_CS_fsm_pp0_stage0) & (1'b0 == ap_block_pp0_stage0))) begin
        ap_phi_mux_wr_reset_phi_fu_594_p4 = ap_phi_mux_wr_reset_2_phi_fu_624_p4;
    end else begin
        ap_phi_mux_wr_reset_phi_fu_594_p4 = wr_reset_reg_590;
    end
end

always @ (*) begin
    if (((1'b0 == ap_block_pp0_stage0_11001) & ((data_pipe2_V_last_empty_n & data_pipe2_V_data_V_empty_n) == 1'b1) & (ap_enable_reg_pp0_iter1 == 1'b1) & (1'b1 == ap_CS_fsm_pp0_stage0) & (brmerge63_demorgan_fu_951_p2 == 1'd1))) begin
        data_pipe2_V_last0_update = 1'b1;
    end else begin
        data_pipe2_V_last0_update = 1'b0;
    end
end

always @ (*) begin
    if (((ap_enable_reg_pp0_iter2 == 1'b1) & (p_rd_first_reg_1181 == 1'd1) & (empty_n_8_reg_1189 == 1'd1) & (brmerge63_demorgan_reg_1185 == 1'd1) & (1'b0 == ap_block_pp0_stage0))) begin
        host_data_pcie_write_req_apply_V_addr_blk_n = host_data_pcie_write_req_apply_V_addr_full_n;
    end else begin
        host_data_pcie_write_req_apply_V_addr_blk_n = 1'b1;
    end
end

always @ (*) begin
    if (((1'b0 == ap_block_pp0_stage0_11001) & (ap_enable_reg_pp0_iter2 == 1'b1) & (ap_predicate_op209_write_state4 == 1'b1))) begin
        host_data_pcie_write_req_apply_V_num1_update = 1'b1;
    end else begin
        host_data_pcie_write_req_apply_V_num1_update = 1'b0;
    end
end

always @ (*) begin
    if (((ap_enable_reg_pp0_iter2 == 1'b1) & (p_rd_first_reg_1181 == 1'd1) & (empty_n_8_reg_1189 == 1'd1) & (brmerge63_demorgan_reg_1185 == 1'd1) & (1'b0 == ap_block_pp0_stage0))) begin
        host_data_pcie_write_req_apply_V_num_blk_n = host_data_pcie_write_req_apply_V_num_full_n;
    end else begin
        host_data_pcie_write_req_apply_V_num_blk_n = 1'b1;
    end
end

always @ (*) begin
    if (((ap_enable_reg_pp0_iter2 == 1'b1) & (empty_n_8_reg_1189 == 1'd1) & (brmerge63_demorgan_reg_1185 == 1'd1) & (1'b0 == ap_block_pp0_stage0))) begin
        host_data_pcie_write_req_data_V_data_V_blk_n = host_data_pcie_write_req_data_V_data_V_full_n;
    end else begin
        host_data_pcie_write_req_data_V_data_V_blk_n = 1'b1;
    end
end

always @ (*) begin
    if (((1'b0 == ap_block_pp0_stage0_11001) & (ap_enable_reg_pp0_iter2 == 1'b1) & (ap_predicate_op211_write_state4 == 1'b1))) begin
        host_data_pcie_write_req_data_V_last1_update = 1'b1;
    end else begin
        host_data_pcie_write_req_data_V_last1_update = 1'b0;
    end
end

always @ (*) begin
    if (((ap_enable_reg_pp0_iter2 == 1'b1) & (empty_n_8_reg_1189 == 1'd1) & (brmerge63_demorgan_reg_1185 == 1'd1) & (1'b0 == ap_block_pp0_stage0))) begin
        host_data_pcie_write_req_data_V_last_blk_n = host_data_pcie_write_req_data_V_last_full_n;
    end else begin
        host_data_pcie_write_req_data_V_last_blk_n = 1'b1;
    end
end

always @ (*) begin
    if (((ap_enable_reg_pp0_iter2 == 1'b1) & (brmerge65_demorgan_reg_1208 == 1'd1) & (1'b0 == ap_block_pp0_stage0))) begin
        host_dram_write_req_apply_V_addr_blk_n = host_dram_write_req_apply_V_addr_full_n;
    end else begin
        host_dram_write_req_apply_V_addr_blk_n = 1'b1;
    end
end

always @ (*) begin
    if (((1'b0 == ap_block_pp0_stage0_11001) & (ap_enable_reg_pp0_iter2 == 1'b1) & (brmerge65_demorgan_reg_1208 == 1'd1))) begin
        host_dram_write_req_apply_V_num1_update = 1'b1;
    end else begin
        host_dram_write_req_apply_V_num1_update = 1'b0;
    end
end

always @ (*) begin
    if (((ap_enable_reg_pp0_iter2 == 1'b1) & (brmerge65_demorgan_reg_1208 == 1'd1) & (1'b0 == ap_block_pp0_stage0))) begin
        host_dram_write_req_apply_V_num_blk_n = host_dram_write_req_apply_V_num_full_n;
    end else begin
        host_dram_write_req_apply_V_num_blk_n = 1'b1;
    end
end

always @ (*) begin
    if (((ap_enable_reg_pp0_iter2 == 1'b1) & (tmp_last_reg_1193 == 1'd1) & (empty_n_8_reg_1189 == 1'd1) & (brmerge63_demorgan_reg_1185 == 1'd1) & (1'b0 == ap_block_pp0_stage0))) begin
        host_rdcmd_fin_pcie_write_req_apply_V_addr_blk_n = host_rdcmd_fin_pcie_write_req_apply_V_addr_full_n;
    end else begin
        host_rdcmd_fin_pcie_write_req_apply_V_addr_blk_n = 1'b1;
    end
end

always @ (*) begin
    if (((1'b0 == ap_block_pp0_stage0_11001) & (ap_enable_reg_pp0_iter2 == 1'b1) & (ap_predicate_op214_write_state4 == 1'b1))) begin
        host_rdcmd_fin_pcie_write_req_apply_V_num1_update = 1'b1;
    end else begin
        host_rdcmd_fin_pcie_write_req_apply_V_num1_update = 1'b0;
    end
end

always @ (*) begin
    if (((ap_enable_reg_pp0_iter2 == 1'b1) & (tmp_last_reg_1193 == 1'd1) & (empty_n_8_reg_1189 == 1'd1) & (brmerge63_demorgan_reg_1185 == 1'd1) & (1'b0 == ap_block_pp0_stage0))) begin
        host_rdcmd_fin_pcie_write_req_apply_V_num_blk_n = host_rdcmd_fin_pcie_write_req_apply_V_num_full_n;
    end else begin
        host_rdcmd_fin_pcie_write_req_apply_V_num_blk_n = 1'b1;
    end
end

always @ (*) begin
    if (((ap_enable_reg_pp0_iter2 == 1'b1) & (tmp_last_reg_1193 == 1'd1) & (empty_n_8_reg_1189 == 1'd1) & (brmerge63_demorgan_reg_1185 == 1'd1) & (1'b0 == ap_block_pp0_stage0))) begin
        host_rdcmd_fin_pcie_write_req_data_V_data_V_blk_n = host_rdcmd_fin_pcie_write_req_data_V_data_V_full_n;
    end else begin
        host_rdcmd_fin_pcie_write_req_data_V_data_V_blk_n = 1'b1;
    end
end

always @ (*) begin
    if (((1'b0 == ap_block_pp0_stage0_11001) & (ap_enable_reg_pp0_iter2 == 1'b1) & (ap_predicate_op214_write_state4 == 1'b1))) begin
        host_rdcmd_fin_pcie_write_req_data_V_last1_update = 1'b1;
    end else begin
        host_rdcmd_fin_pcie_write_req_data_V_last1_update = 1'b0;
    end
end

always @ (*) begin
    if (((ap_enable_reg_pp0_iter2 == 1'b1) & (tmp_last_reg_1193 == 1'd1) & (empty_n_8_reg_1189 == 1'd1) & (brmerge63_demorgan_reg_1185 == 1'd1) & (1'b0 == ap_block_pp0_stage0))) begin
        host_rdcmd_fin_pcie_write_req_data_V_last_blk_n = host_rdcmd_fin_pcie_write_req_data_V_last_full_n;
    end else begin
        host_rdcmd_fin_pcie_write_req_data_V_last_blk_n = 1'b1;
    end
end

always @ (*) begin
    if (((p_rd_has_data_valid_fu_727_p2 == 1'd0) & (1'b0 == ap_block_pp0_stage0_11001) & (rd_data_valid_pipe2_read_V_empty_n == 1'b1) & (ap_enable_reg_pp0_iter0 == 1'b1) & (1'b1 == ap_CS_fsm_pp0_stage0) & (brmerge1_fu_792_p2 == 1'd1))) begin
        rd_data_valid_pipe2_read_V_read = 1'b1;
    end else begin
        rd_data_valid_pipe2_read_V_read = 1'b0;
    end
end

always @ (*) begin
    if (((1'b0 == ap_block_pp0_stage0_11001) & (rd_kbuf_addr_pipe2_read_V_empty_n == 1'b1) & (ap_enable_reg_pp0_iter0 == 1'b1) & (1'b1 == ap_CS_fsm_pp0_stage0) & (p_rd_has_kbu_fu_734_p2 == 1'd0) & (brmerge1_fu_792_p2 == 1'd1))) begin
        rd_kbuf_addr_pipe2_read_V_read = 1'b1;
    end else begin
        rd_kbuf_addr_pipe2_read_V_read = 1'b0;
    end
end

always @ (*) begin
    if (((1'b1 == ap_condition_293) & (p_rd_has_reqs_fu_720_p2 == 1'd0) & (1'b0 == ap_block_pp0_stage0_11001) & (ap_enable_reg_pp0_iter0 == 1'b1) & (1'b1 == ap_CS_fsm_pp0_stage0) & (brmerge1_fu_792_p2 == 1'd1))) begin
        rd_reqs_pipe2_read_V_rw0_update = 1'b1;
    end else begin
        rd_reqs_pipe2_read_V_rw0_update = 1'b0;
    end
end

always @ (*) begin
    if (((p_wr_has_data_valid_fu_754_p2 == 1'd0) & (1'b0 == ap_block_pp0_stage0_11001) & (wr_data_valid_pipe2_read_V_empty_n == 1'b1) & (ap_enable_reg_pp0_iter0 == 1'b1) & (1'b1 == ap_CS_fsm_pp0_stage0) & (brmerge3_fu_862_p2 == 1'd1))) begin
        wr_data_valid_pipe2_read_V_read = 1'b1;
    end else begin
        wr_data_valid_pipe2_read_V_read = 1'b0;
    end
end

always @ (*) begin
    if (((p_wr_has_kbu_fu_761_p2 == 1'd0) & (1'b0 == ap_block_pp0_stage0_11001) & (wr_kbuf_addr_pipe2_read_V_empty_n == 1'b1) & (ap_enable_reg_pp0_iter0 == 1'b1) & (1'b1 == ap_CS_fsm_pp0_stage0) & (brmerge3_fu_862_p2 == 1'd1))) begin
        wr_kbuf_addr_pipe2_read_V_read = 1'b1;
    end else begin
        wr_kbuf_addr_pipe2_read_V_read = 1'b0;
    end
end

always @ (*) begin
    if (((1'b1 == ap_condition_326) & (p_wr_has_reqs_fu_747_p2 == 1'd0) & (1'b0 == ap_block_pp0_stage0_11001) & (ap_enable_reg_pp0_iter0 == 1'b1) & (1'b1 == ap_CS_fsm_pp0_stage0) & (brmerge3_fu_862_p2 == 1'd1))) begin
        wr_reqs_pipe2_read_V_rw0_update = 1'b1;
    end else begin
        wr_reqs_pipe2_read_V_rw0_update = 1'b0;
    end
end

always @ (*) begin
    if (((ap_enable_reg_pp0_iter2 == 1'b1) & (brmerge65_demorgan_reg_1208 == 1'd1) & (1'b0 == ap_block_pp0_stage0))) begin
        wrcmd_kbuf_addrs_V_blk_n = wrcmd_kbuf_addrs_V_full_n;
    end else begin
        wrcmd_kbuf_addrs_V_blk_n = 1'b1;
    end
end

always @ (*) begin
    if (((1'b0 == ap_block_pp0_stage0_11001) & (ap_enable_reg_pp0_iter2 == 1'b1) & (brmerge65_demorgan_reg_1208 == 1'd1))) begin
        wrcmd_kbuf_addrs_V_write = 1'b1;
    end else begin
        wrcmd_kbuf_addrs_V_write = 1'b0;
    end
end

always @ (*) begin
    case (ap_CS_fsm)
        ap_ST_fsm_state1 : begin
            if (((ap_start == 1'b1) & (1'b1 == ap_CS_fsm_state1))) begin
                ap_NS_fsm = ap_ST_fsm_pp0_stage0;
            end else begin
                ap_NS_fsm = ap_ST_fsm_state1;
            end
        end
        ap_ST_fsm_pp0_stage0 : begin
            ap_NS_fsm = ap_ST_fsm_pp0_stage0;
        end
        default : begin
            ap_NS_fsm = 'bx;
        end
    endcase
end

assign ap_CS_fsm_pp0_stage0 = ap_CS_fsm[32'd1];

assign ap_CS_fsm_state1 = ap_CS_fsm[32'd0];

assign ap_block_pp0_stage0 = ~(1'b1 == 1'b1);

always @ (*) begin
    ap_block_pp0_stage0_01001 = ((ap_enable_reg_pp0_iter2 == 1'b1) & (((host_rdcmd_fin_pcie_write_req_data_V_last1_status == 1'b0) & (ap_predicate_op214_write_state4 == 1'b1)) | ((host_rdcmd_fin_pcie_write_req_apply_V_num1_status == 1'b0) & (ap_predicate_op214_write_state4 == 1'b1)) | ((host_data_pcie_write_req_data_V_last1_status == 1'b0) & (ap_predicate_op211_write_state4 == 1'b1)) | ((host_data_pcie_write_req_apply_V_num1_status == 1'b0) & (ap_predicate_op209_write_state4 == 1'b1)) | ((host_dram_write_req_apply_V_num1_status == 1'b0) & (brmerge65_demorgan_reg_1208 == 1'd1)) | ((wrcmd_kbuf_addrs_V_full_n == 1'b0) & (brmerge65_demorgan_reg_1208 == 1'd1))));
end

always @ (*) begin
    ap_block_pp0_stage0_11001 = ((ap_enable_reg_pp0_iter2 == 1'b1) & (((host_rdcmd_fin_pcie_write_req_data_V_last1_status == 1'b0) & (ap_predicate_op214_write_state4 == 1'b1)) | ((host_rdcmd_fin_pcie_write_req_apply_V_num1_status == 1'b0) & (ap_predicate_op214_write_state4 == 1'b1)) | ((host_data_pcie_write_req_data_V_last1_status == 1'b0) & (ap_predicate_op211_write_state4 == 1'b1)) | ((host_data_pcie_write_req_apply_V_num1_status == 1'b0) & (ap_predicate_op209_write_state4 == 1'b1)) | ((host_dram_write_req_apply_V_num1_status == 1'b0) & (brmerge65_demorgan_reg_1208 == 1'd1)) | ((wrcmd_kbuf_addrs_V_full_n == 1'b0) & (brmerge65_demorgan_reg_1208 == 1'd1))));
end

always @ (*) begin
    ap_block_pp0_stage0_subdone = ((ap_enable_reg_pp0_iter2 == 1'b1) & (((host_rdcmd_fin_pcie_write_req_data_V_last1_status == 1'b0) & (ap_predicate_op214_write_state4 == 1'b1)) | ((host_rdcmd_fin_pcie_write_req_apply_V_num1_status == 1'b0) & (ap_predicate_op214_write_state4 == 1'b1)) | ((host_data_pcie_write_req_data_V_last1_status == 1'b0) & (ap_predicate_op211_write_state4 == 1'b1)) | ((host_data_pcie_write_req_apply_V_num1_status == 1'b0) & (ap_predicate_op209_write_state4 == 1'b1)) | ((host_dram_write_req_apply_V_num1_status == 1'b0) & (brmerge65_demorgan_reg_1208 == 1'd1)) | ((wrcmd_kbuf_addrs_V_full_n == 1'b0) & (brmerge65_demorgan_reg_1208 == 1'd1))));
end

assign ap_block_state2_pp0_stage0_iter0 = ~(1'b1 == 1'b1);

assign ap_block_state3_pp0_stage0_iter1 = ~(1'b1 == 1'b1);

always @ (*) begin
    ap_block_state4_pp0_stage0_iter2 = (((host_rdcmd_fin_pcie_write_req_data_V_last1_status == 1'b0) & (ap_predicate_op214_write_state4 == 1'b1)) | ((host_rdcmd_fin_pcie_write_req_apply_V_num1_status == 1'b0) & (ap_predicate_op214_write_state4 == 1'b1)) | ((host_data_pcie_write_req_data_V_last1_status == 1'b0) & (ap_predicate_op211_write_state4 == 1'b1)) | ((host_data_pcie_write_req_apply_V_num1_status == 1'b0) & (ap_predicate_op209_write_state4 == 1'b1)) | ((host_dram_write_req_apply_V_num1_status == 1'b0) & (brmerge65_demorgan_reg_1208 == 1'd1)) | ((wrcmd_kbuf_addrs_V_full_n == 1'b0) & (brmerge65_demorgan_reg_1208 == 1'd1)));
end

always @ (*) begin
    ap_condition_254 = ((ap_enable_reg_pp0_iter1 == 1'b1) & (1'b1 == ap_CS_fsm_pp0_stage0) & (1'b0 == ap_block_pp0_stage0));
end

always @ (*) begin
    ap_condition_293 = ((rd_reqs_pipe2_read_V_tag_empty_n & rd_reqs_pipe2_read_V_sector_off_empty_n & rd_reqs_pipe2_read_V_sector_num_empty_n & rd_reqs_pipe2_read_V_rw_empty_n) == 1'b1);
end

always @ (*) begin
    ap_condition_326 = ((wr_reqs_pipe2_read_V_tag_empty_n & wr_reqs_pipe2_read_V_sector_off_empty_n & wr_reqs_pipe2_read_V_sector_num_empty_n & wr_reqs_pipe2_read_V_rw_empty_n) == 1'b1);
end

assign ap_done = 1'b0;

assign ap_enable_pp0 = (ap_idle_pp0 ^ 1'b1);

assign ap_phi_reg_pp0_iter1_rd_reset_4_reg_601 = 'bx;

assign ap_phi_reg_pp0_iter1_wr_reset_2_reg_620 = 'bx;

always @ (*) begin
    ap_predicate_op209_write_state4 = ((p_rd_first_reg_1181 == 1'd1) & (empty_n_8_reg_1189 == 1'd1) & (brmerge63_demorgan_reg_1185 == 1'd1));
end

always @ (*) begin
    ap_predicate_op211_write_state4 = ((empty_n_8_reg_1189 == 1'd1) & (brmerge63_demorgan_reg_1185 == 1'd1));
end

always @ (*) begin
    ap_predicate_op214_write_state4 = ((tmp_last_reg_1193 == 1'd1) & (empty_n_8_reg_1189 == 1'd1) & (brmerge63_demorgan_reg_1185 == 1'd1));
end

assign ap_ready = 1'b0;

assign brmerge1_fu_792_p2 = (tmp2_fu_786_p2 | tmp1_fu_774_p2);

assign brmerge3_fu_862_p2 = (tmp4_fu_856_p2 | tmp3_fu_844_p2);

assign brmerge63_demorgan_fu_951_p2 = (tmp5_fu_945_p2 & rd_has_reqs_fu_434);

assign brmerge65_demorgan_fu_996_p2 = (wr_has_reqs_fu_422 & tmp6_fu_990_p2);

assign data_pipe2_V_data_V_read = data_pipe2_V_last0_update;

assign data_pipe2_V_last_read = data_pipe2_V_last0_update;

assign empty_n_10_nbread_fu_486_p5_0 = (wr_reqs_pipe2_read_V_tag_empty_n & wr_reqs_pipe2_read_V_sector_off_empty_n & wr_reqs_pipe2_read_V_sector_num_empty_n & wr_reqs_pipe2_read_V_rw_empty_n);

assign empty_n_7_nbread_fu_462_p5_0 = (rd_reqs_pipe2_read_V_tag_empty_n & rd_reqs_pipe2_read_V_sector_off_empty_n & rd_reqs_pipe2_read_V_sector_num_empty_n & rd_reqs_pipe2_read_V_rw_empty_n);

assign empty_n_8_fu_957_p1 = empty_n_nbread_fu_510_p3_0;

assign empty_n_nbread_fu_510_p3_0 = (data_pipe2_V_last_empty_n & data_pipe2_V_data_V_empty_n);

assign host_data_pcie_write_req_apply_V_addr_din = tmp_addr_fu_442;

assign host_data_pcie_write_req_apply_V_addr_write = host_data_pcie_write_req_apply_V_num1_update;

assign host_data_pcie_write_req_apply_V_num1_status = (host_data_pcie_write_req_apply_V_num_full_n & host_data_pcie_write_req_apply_V_addr_full_n);

assign host_data_pcie_write_req_apply_V_num_din = {{tmp_3_reg_1203}, {3'd0}};

assign host_data_pcie_write_req_apply_V_num_write = host_data_pcie_write_req_apply_V_num1_update;

assign host_data_pcie_write_req_data_V_data_V_din = tmp_data_V_reg_1198;

assign host_data_pcie_write_req_data_V_data_V_write = host_data_pcie_write_req_data_V_last1_update;

assign host_data_pcie_write_req_data_V_last1_status = (host_data_pcie_write_req_data_V_last_full_n & host_data_pcie_write_req_data_V_data_V_full_n);

assign host_data_pcie_write_req_data_V_last_din = tmp_last_reg_1193;

assign host_data_pcie_write_req_data_V_last_write = host_data_pcie_write_req_data_V_last1_update;

assign host_dram_write_req_apply_V_addr_din = write_apply_addr_fu_1037_p3;

assign host_dram_write_req_apply_V_addr_write = host_dram_write_req_apply_V_num1_update;

assign host_dram_write_req_apply_V_num1_status = (host_dram_write_req_apply_V_num_full_n & host_dram_write_req_apply_V_addr_full_n);

assign host_dram_write_req_apply_V_num_din = {{tmp_5_reg_1222}, {3'd0}};

assign host_dram_write_req_apply_V_num_write = host_dram_write_req_apply_V_num1_update;

assign host_rdcmd_fin_pcie_write_req_apply_V_addr_din = (tmp_addr_fu_442 + 64'd4096);

assign host_rdcmd_fin_pcie_write_req_apply_V_addr_write = host_rdcmd_fin_pcie_write_req_apply_V_num1_update;

assign host_rdcmd_fin_pcie_write_req_apply_V_num1_status = (host_rdcmd_fin_pcie_write_req_apply_V_num_full_n & host_rdcmd_fin_pcie_write_req_apply_V_addr_full_n);

assign host_rdcmd_fin_pcie_write_req_apply_V_num_din = 8'd1;

assign host_rdcmd_fin_pcie_write_req_apply_V_num_write = host_rdcmd_fin_pcie_write_req_apply_V_num1_update;

assign host_rdcmd_fin_pcie_write_req_data_V_data_V_din = 512'd13407807929942597099574024998205846127479365820592393377723561443721764030073546976801874298166903427690031858186486050853753882811946569946433649006084095;

assign host_rdcmd_fin_pcie_write_req_data_V_data_V_write = host_rdcmd_fin_pcie_write_req_data_V_last1_update;

assign host_rdcmd_fin_pcie_write_req_data_V_last1_status = (host_rdcmd_fin_pcie_write_req_data_V_last_full_n & host_rdcmd_fin_pcie_write_req_data_V_data_V_full_n);

assign host_rdcmd_fin_pcie_write_req_data_V_last_din = 1'd1;

assign host_rdcmd_fin_pcie_write_req_data_V_last_write = host_rdcmd_fin_pcie_write_req_data_V_last1_update;

assign not_rd_reset_fu_714_p2 = (ap_phi_mux_rd_reset_phi_fu_582_p4 ^ 1'd1);

assign not_wr_reset_fu_741_p2 = (ap_phi_mux_wr_reset_phi_fu_594_p4 ^ 1'd1);

assign p_rd_first_fu_925_p2 = (rd_reset_reg_578 | rd_first_fu_438);

assign p_rd_has_data_valid_fu_727_p2 = (rd_has_data_valid_fu_430 & not_rd_reset_fu_714_p2);

assign p_rd_has_kbu_fu_734_p2 = (rd_has_kbuf_addr_fu_426 & not_rd_reset_fu_714_p2);

assign p_rd_has_reqs_fu_720_p2 = (rd_has_reqs_fu_434 & not_rd_reset_fu_714_p2);

assign p_wr_has_data_valid_fu_754_p2 = (wr_has_data_valid_fu_418 & not_wr_reset_fu_741_p2);

assign p_wr_has_kbu_fu_761_p2 = (wr_has_kbuf_addr_fu_414 & not_wr_reset_fu_741_p2);

assign p_wr_has_reqs_fu_747_p2 = (wr_has_reqs_fu_422 & not_wr_reset_fu_741_p2);

assign rd_has_reqs_0_not_fu_768_p2 = (rd_has_reqs_fu_434 ^ 1'd1);

assign rd_reqs_pipe2_read_V_rw_read = rd_reqs_pipe2_read_V_rw0_update;

assign rd_reqs_pipe2_read_V_sector_num_read = rd_reqs_pipe2_read_V_rw0_update;

assign rd_reqs_pipe2_read_V_sector_off_read = rd_reqs_pipe2_read_V_rw0_update;

assign rd_reqs_pipe2_read_V_tag_read = rd_reqs_pipe2_read_V_rw0_update;

assign tmp1_fu_774_p2 = (rd_has_reqs_0_not_fu_768_p2 | ap_phi_mux_rd_reset_phi_fu_582_p4);

assign tmp2_demorgan_fu_780_p2 = (rd_has_kbuf_addr_fu_426 & rd_has_data_valid_fu_430);

assign tmp2_fu_786_p2 = (tmp2_demorgan_fu_780_p2 ^ 1'd1);

assign tmp3_fu_844_p2 = (wr_has_reqs_0_not_fu_838_p2 | ap_phi_mux_wr_reset_phi_fu_594_p4);

assign tmp4_demorgan_fu_850_p2 = (wr_has_kbuf_addr_fu_414 & wr_has_data_valid_fu_418);

assign tmp4_fu_856_p2 = (tmp4_demorgan_fu_850_p2 ^ 1'd1);

assign tmp5_fu_945_p2 = (rd_has_kbuf_addr_fu_426 & rd_has_data_valid_fu_430);

assign tmp6_fu_990_p2 = (wr_has_kbuf_addr_fu_414 & wr_has_data_valid_fu_418);

assign tmp_3_fu_972_p1 = tmp_sector_num_1_fu_458[4:0];

assign tmp_5_fu_1011_p1 = tmp_sector_num_fu_450[4:0];

assign tmp_last_fu_961_p1 = data_pipe2_V_last_dout;

assign wr_has_reqs_0_not_fu_838_p2 = (wr_has_reqs_fu_422 ^ 1'd1);

assign wr_reqs_pipe2_read_V_rw_read = wr_reqs_pipe2_read_V_rw0_update;

assign wr_reqs_pipe2_read_V_sector_num_read = wr_reqs_pipe2_read_V_rw0_update;

assign wr_reqs_pipe2_read_V_sector_off_read = wr_reqs_pipe2_read_V_rw0_update;

assign wr_reqs_pipe2_read_V_tag_read = wr_reqs_pipe2_read_V_rw0_update;

assign wrcmd_kbuf_addrs_V_din = p_034_load_reg_1212;

assign write_apply_addr_fu_1037_p3 = {{tmp_sector_off_load_reg_1217}, {9'd0}};

endmodule //pipe2_data_handler